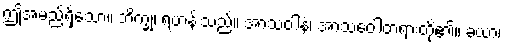
ဤအမည်ရှိသော။ ဘိက္ခု၊ ရဟန်းသည်။ အာသဝါနံ၊ အာသဝေါတရားတို့၏။ ခယာ၊